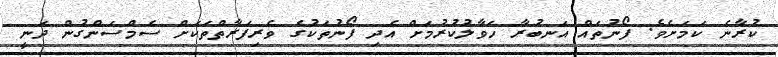
ކުރާނެ ކަމަށެވެ. ފޯނުތައް އަނބުރާ ހަވާލުކުރުމަށް އެދި ފޯނުތަކުގެ ވެރިފަރާތްތަކަށް ސެމްސަންގުން ދަނީ